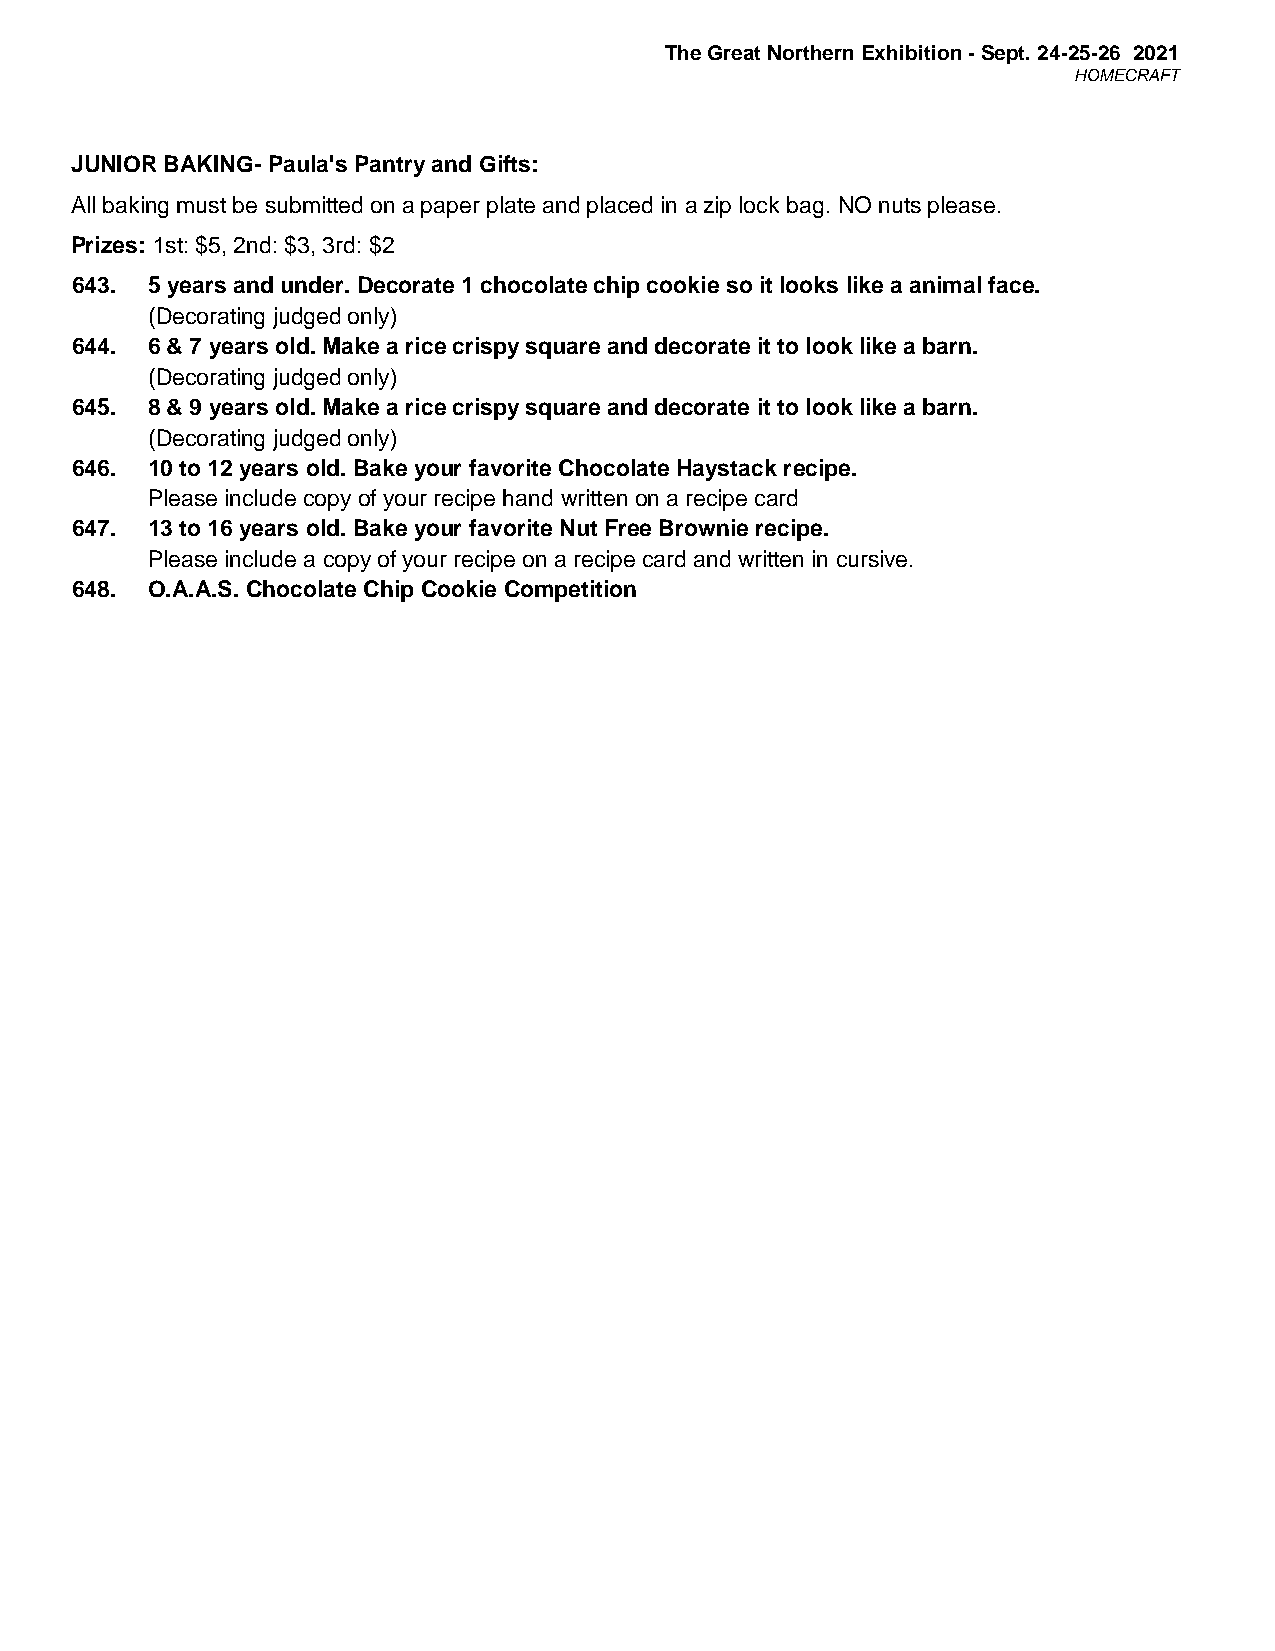
The Great Northern Exhibition - Sept. 24-25-26 2021
 HOMECRAFT
 JUNIOR BAKING- Paula's Pantry and Gifts:
 All baking must be submitted on a paper plate and placed in a zip lock bag. NO nuts please.
 Prizes: 1st: $5, 2nd: $3, 3rd: $2
 643. 5 years and under. Decorate 1 chocolate chip cookie so it looks like a animal face.
 (Decorating judged only)
 644. 6 & 7 years old. Make a rice crispy square and decorate it to look like a barn.
 (Decorating judged only)
 645. 8 & 9 years old. Make a rice crispy square and decorate it to look like a barn.
 (Decorating judged only)
 646. 10 to 12 years old. Bake your favorite Chocolate Haystack recipe.
 Please include copy of your recipe hand written on a recipe card
 647. 13 to 16 years old. Bake your favorite Nut Free Brownie recipe.
 Please include a copy of your recipe on a recipe card and written in cursive.
 648. O.A.A.S. Chocolate Chip Cookie Competition